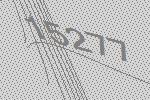
15277